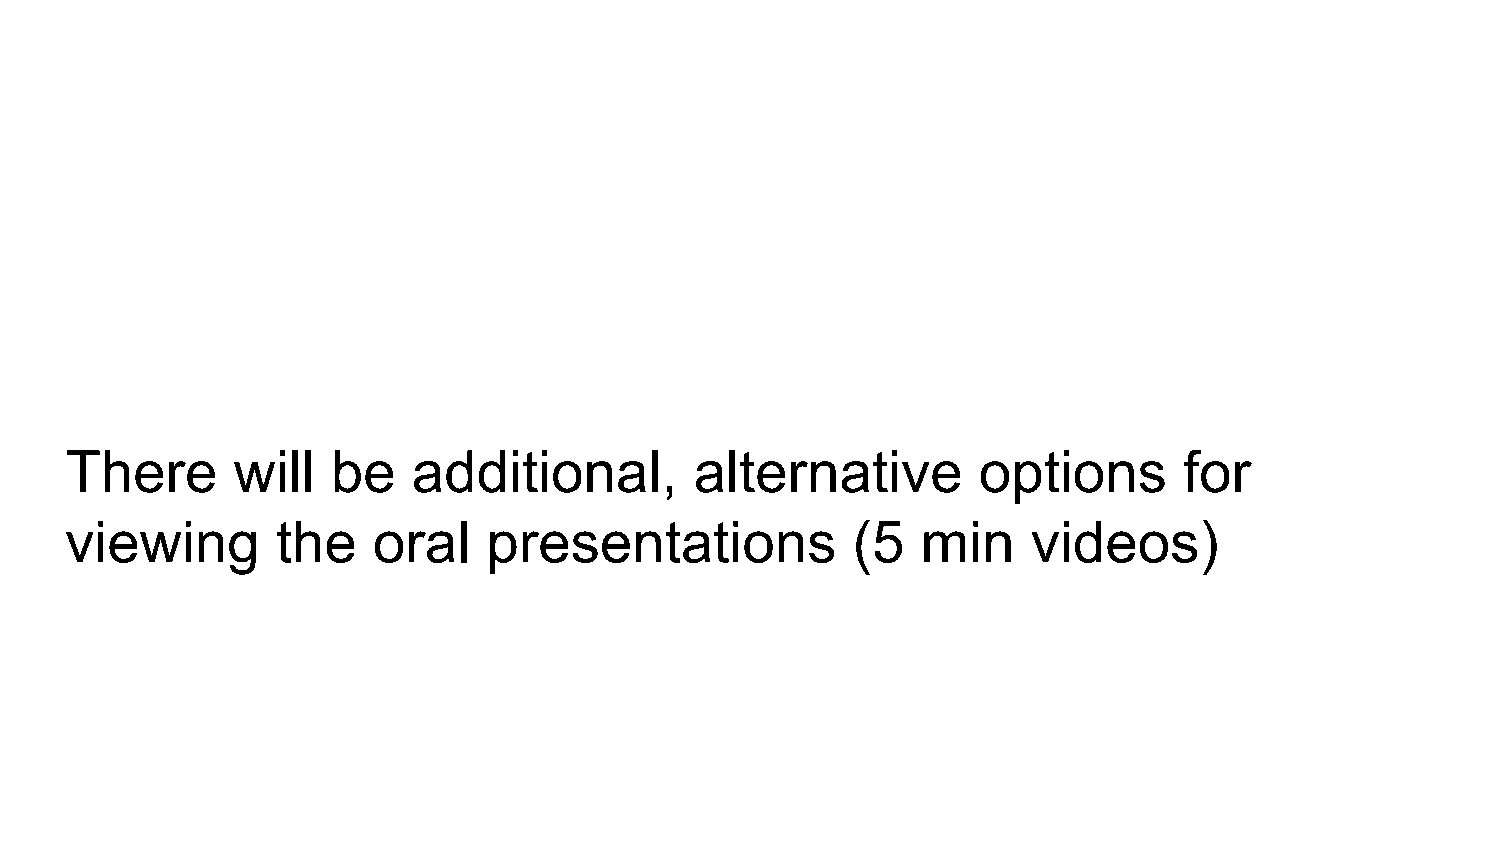
There      will   be   additional,        alternative        options      for
 viewing       the    oral   presentations           (5   min    videos)